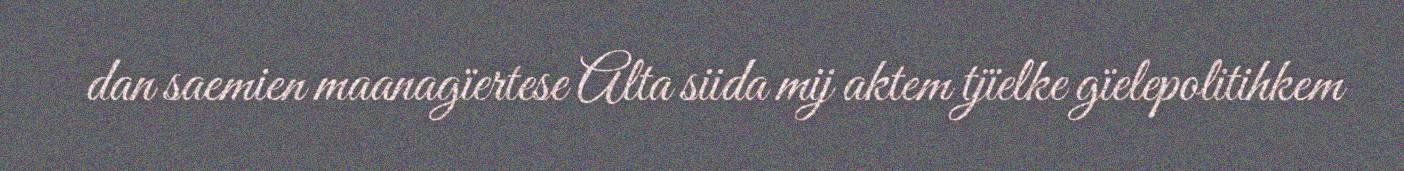
dan saemien maanagïertese Alta siida mij aktem tjïelke gïelepolitihkem